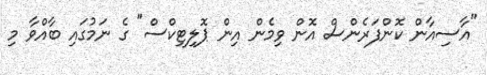
"އާސިއާން ކޮންފަރެންސް އޮން ވިމެން އިން ޕޮލިޓިކްސް" ގެ ނަމުގައި ބާއްވާ މި